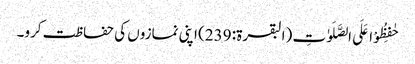
حٰفِظُوْا عَلَی الصَّلَوٰتِ (البقرۃ: 239) اپنی نمازوں کی حفاظت کرو۔